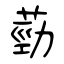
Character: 葝